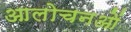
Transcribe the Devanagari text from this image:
आलोचनओं